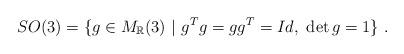
LaTeX: \begin{align*}SO(3)=\{g\in M_{\mathbb{R}}(3) \ | \ g^{T}g=gg^{T}=Id, \ \det g = 1\} \ .\end{align*}